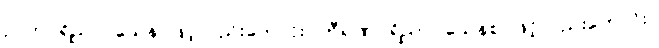
ဉာတပရိညာဝသေန၊ ဖြင့်လည်းကောင်း။ တီရဏပရိညာဝသေနစ၊ ဖြင့်လည်းကောင်း။